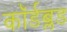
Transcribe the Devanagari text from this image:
कॉर्डब्लड